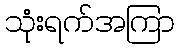
သုံးရက်အကြာ